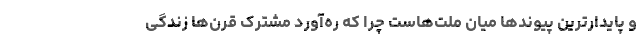
و پایدارترین پیوندها میان ملت‌هاست چرا که ره‌آورد مشترک قرن‌ها زندگی